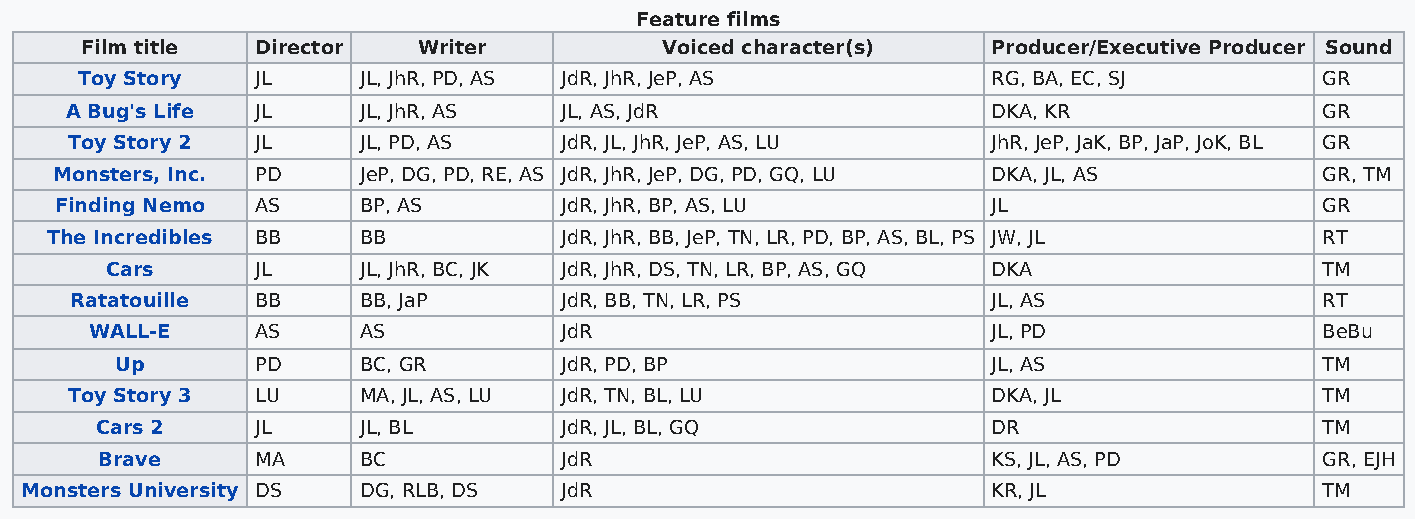
Feature films
 Film title  Director   Writer          Voiced character(s)   Producer/Executive Producer Sound
 Toy Story   JL     JL, JhR, PD, AS JdR, JhR, JeP, AS         RG, BA, EC, SJ        GR
 A Bug's Life JL     JL, JhR, AS  JL, AS, JdR                  DKA, KR               GR
 Toy Story 2  JL     JL, PD, AS   JdR, JL, JhR, JeP, AS, LU    JhR, JeP, JaK, BP, JaP, JoK, BL GR
 Monsters, Inc. PD    JeP, DG, PD, RE, AS JdR, JhR, JeP, DG, PD, GQ, LU DKA, JL, AS   GR, TM
 Finding Nemo AS     BP, AS       JdR, JhR, BP, AS, LU         JL                    GR
 The Incredibles BB   BB           JdR, JhR, BB, JeP, TN, LR, PD, BP, AS, BL, PS JW, JL RT
 Cars      JL     JL, JhR, BC, JK JdR, JhR, DS, TN, LR, BP, AS, GQ DKA            TM
 Ratatouille BB     BB, JaP      JdR, BB, TN, LR, PS          JL, AS                RT
 WALL-E     AS     AS           JdR                          JL, PD                BeBu
 Up       PD     BC, GR       JdR, PD, BP                  JL, AS                TM
 Toy Story 3  LU     MA, JL, AS, LU JdR, TN, BL, LU            DKA, JL               TM
 Cars 2     JL     JL, BL       JdR, JL, BL, GQ              DR                    TM
 Brave     MA     BC           JdR                          KS, JL, AS, PD        GR, EJH
 Monsters University DS DG, RLB, DS  JdR                          KR, JL                TM